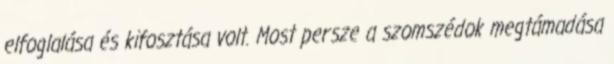
elfoglalása és kifosztása volt. Most persze a szomszédok megtámadása